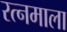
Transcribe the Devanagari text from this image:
रत्‍नमाला